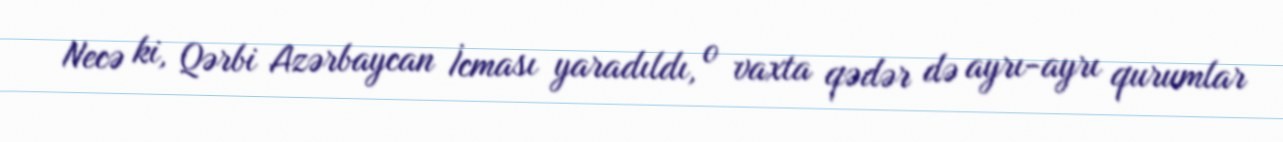
Necə ki, Qərbi Azərbaycan İcması yaradıldı, o vaxta qədər də ayrı-ayrı qurumlar